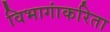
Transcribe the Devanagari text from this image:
विभागांकरिता